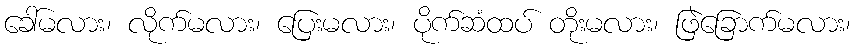
ခေါ်မလား၊ လိုက်မလား၊ ပြေးမလား၊ ပိုက်ဆံထပ် တိုးမလား၊ ဖြဲခြောက်မလား၊